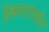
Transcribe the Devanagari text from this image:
हेक्टरांपर्यंत